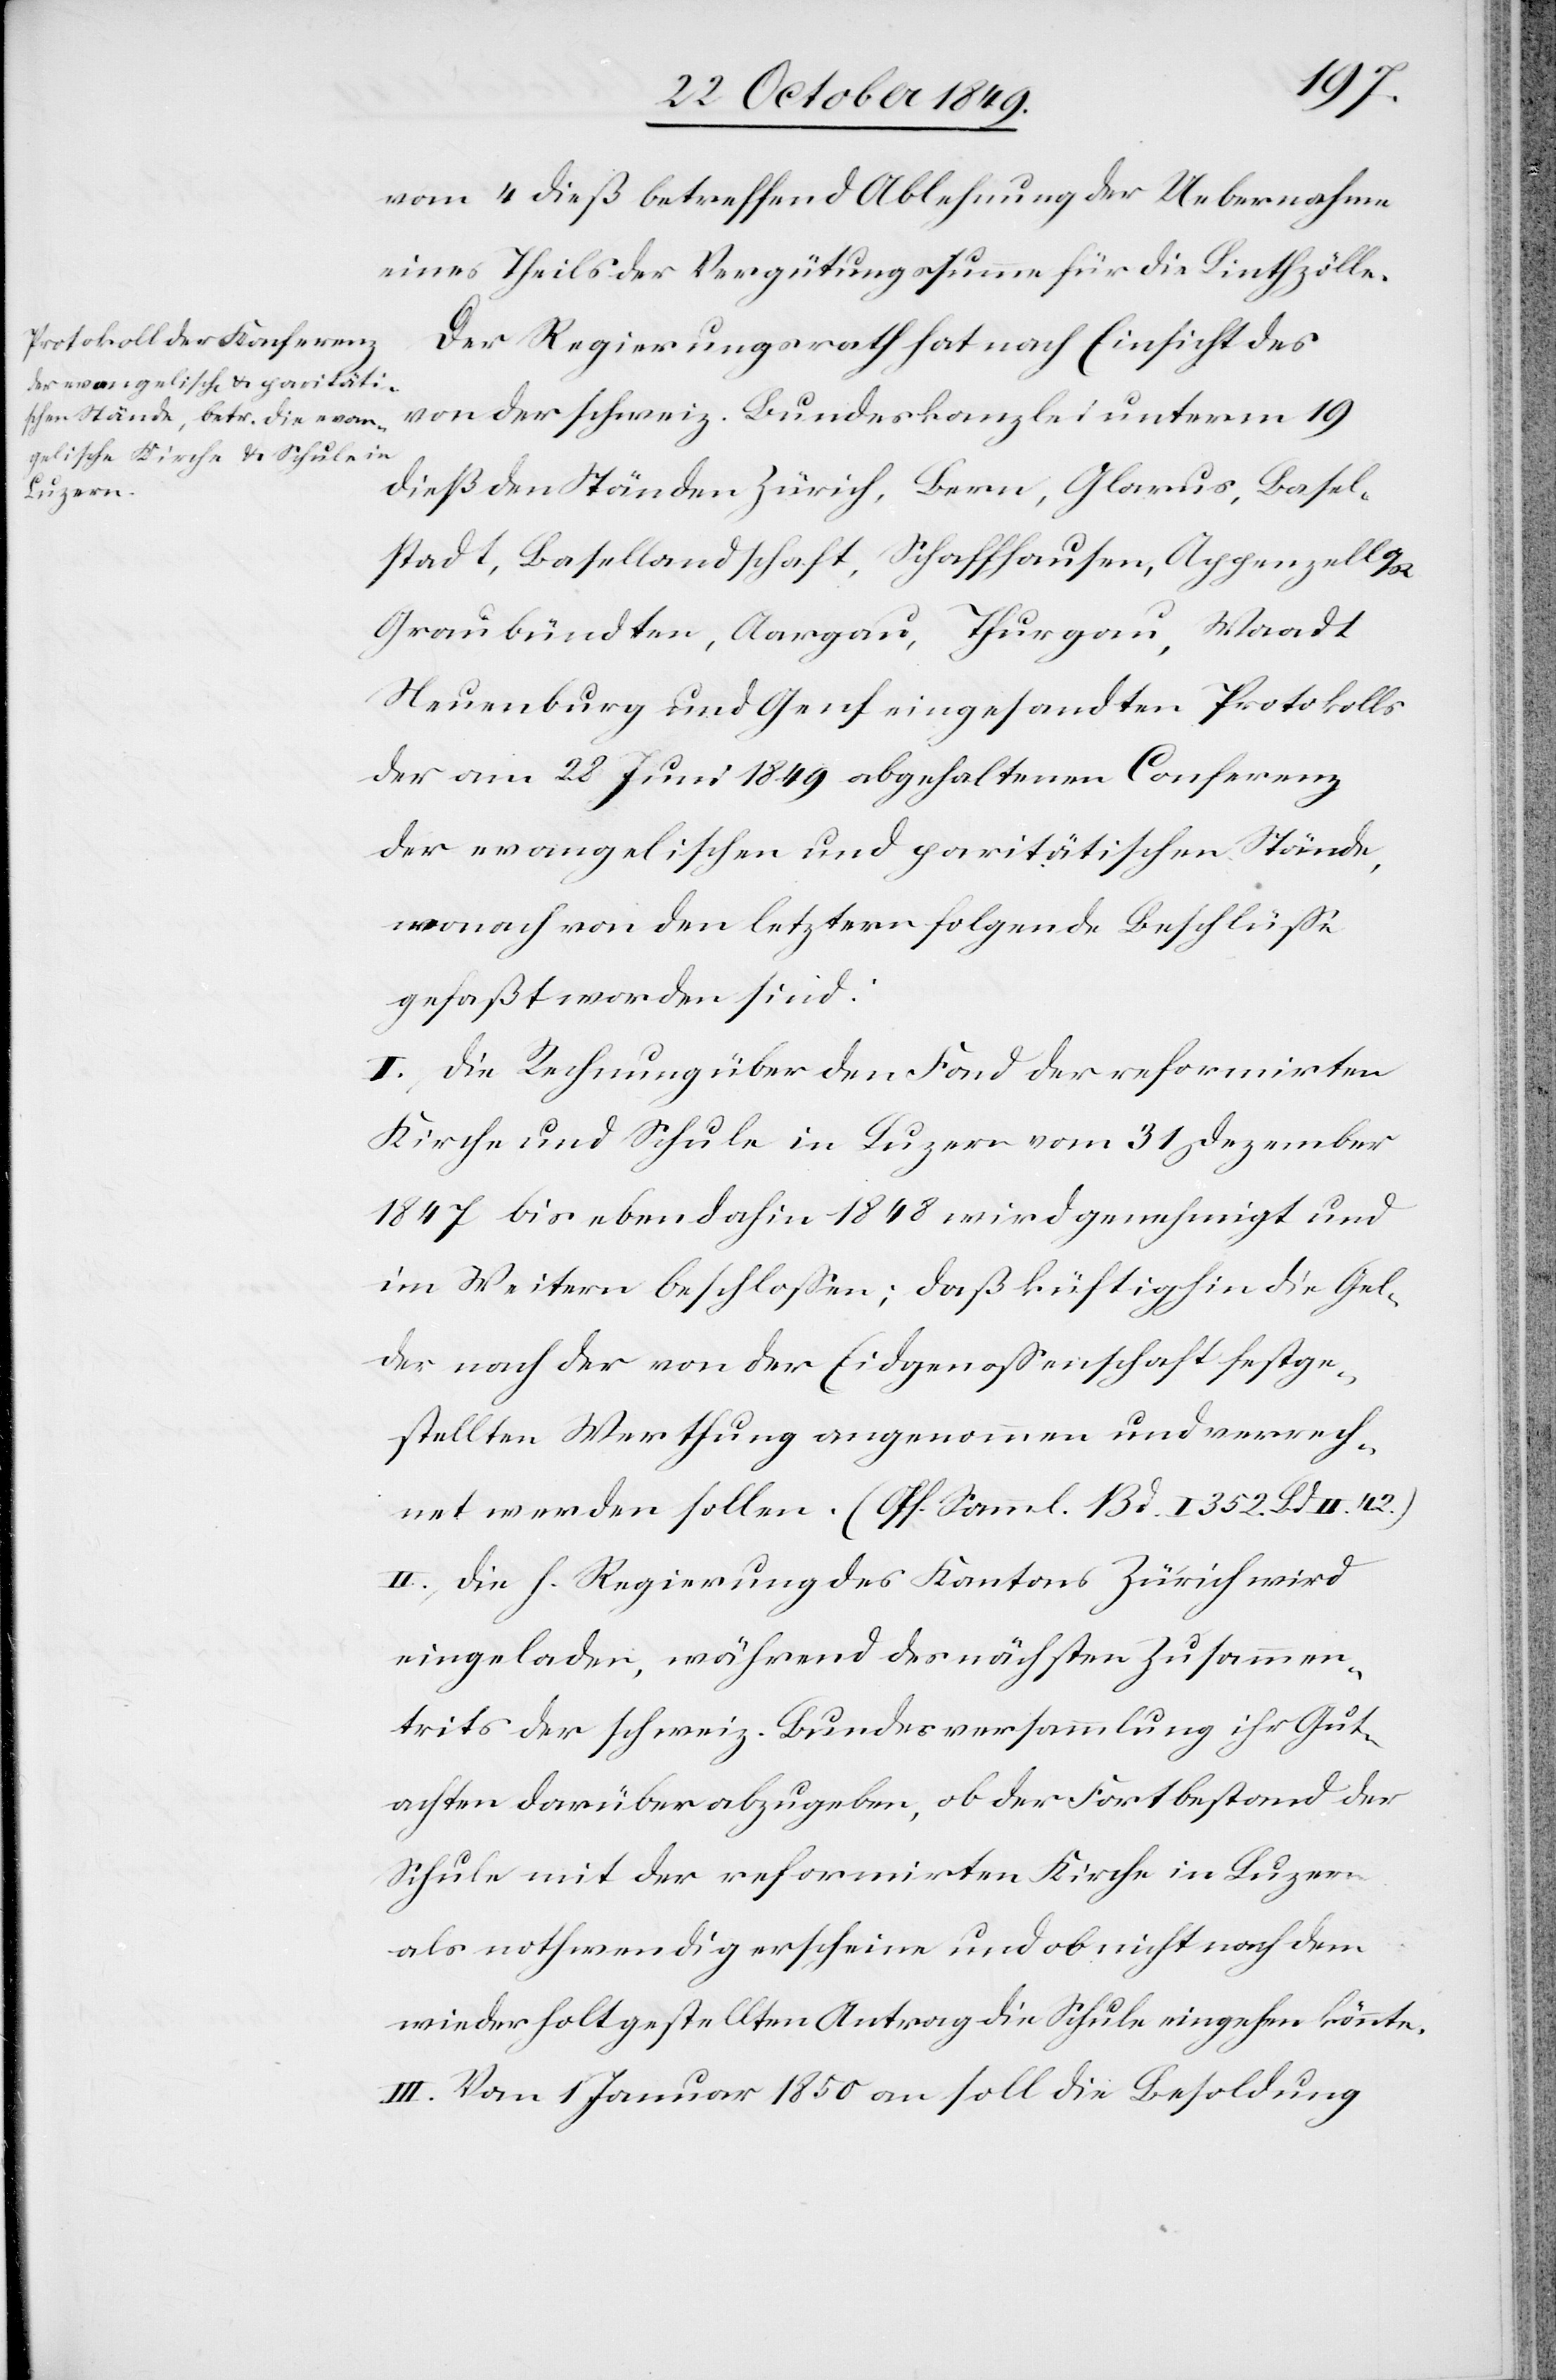
vom 4 dieß betreffend Ablehnung der Uebernahme
eines Theils der Vergütungssumme für die Linthzölle.
Der Regierungsrath hat nach Einsicht des
von der schweiz. Bundeskanzlei unterm 19
dieß den Ständen Zürich, Bern, Glarus, Basel¬
stadt, Basellandschaft, Schaffhausen, Appenzell
Graubündten, Aargau, Thurgau, Waadt
Neuenburg und Genf eingesandten Protokolls
der am 28 Juni 1849 abgehaltenen Conferenz
der evangelischen und paritätischen Stände,
wonach von den letztern folgende Beschlüße
gefaßt worden sind:
I. Die Rechnung über den Fond der reformirten
Kirche und Schule in Luzern vom 31 Dezember
1847 bis ebendahin 1848 wird genehmigt und
im Weitern beschloßen; daß künftighin die Gel¬
der nach der von der Eidgenossenschaft festge¬
stellten Werthung angenommen und verrech¬
net werden sollen. (Off. Samml. Bd. I 352. Bd. II
II. Die h. Regierung des Kantons Zürich wird
eingeladen, während des nächsten Zusammen¬
trits [sic!] der schweiz. Bundesversammlung ihr Gut¬
achten darüber abzugeben, ob der Fortbestand der
Schule mit der reformirten Kirche in Luzern
als nothwendig erscheine und ob nicht nach dem
wiederholt gestellten Antrag die Schule eingehen könnte.
III. Vom 1 Januar 1850 an soll die Besoldung